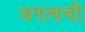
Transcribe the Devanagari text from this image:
जगत्यची